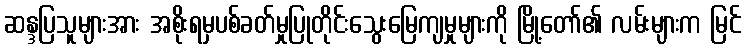
ဆန္ဒပြသူများအား အစိုးရမှပစ်ခတ်မှုပြုတိုင်းသွေးမြေကျမှုများကို မြို့တော်၏ လမ်းများက မြင်